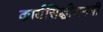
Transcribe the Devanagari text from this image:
कार्यसिद्धीसमयी